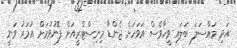
އަދި މައްސަލަ ބަލައި ވީހާވެސް އަވަހަށް ޖެންޑާ މިނިސްޓްރީއަށް ފޮނުވުމަށް އުމަރު ވަނީ